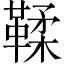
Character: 鞣